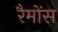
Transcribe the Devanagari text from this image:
रैमोंस